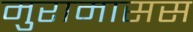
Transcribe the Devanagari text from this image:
मुरामासस